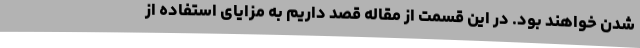
شدن خواهند بود. در این قسمت از مقاله قصد داریم به مزایای استفاده از